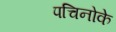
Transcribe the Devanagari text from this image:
पचिनोके